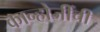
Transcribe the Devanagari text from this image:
कान्होजींची